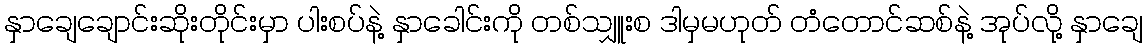
နှာချေချောင်းဆိုးတိုင်းမှာ ပါးစပ်နဲ့ နှာခေါင်းကို တစ်သျှူးစ ဒါမှမဟုတ် တံတောင်ဆစ်နဲ့ အုပ်လို့ နှာချေ